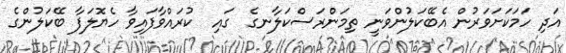
އަދި ހަމަކަށަވަރުން އެބޭކަލުންވަނީ ތިމަންރަސްކަލާނގެ  ގައި  ކުރައްވާފައިވާ ހެޔޮލަފާ ބޭކަލުންގެ